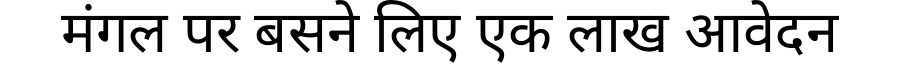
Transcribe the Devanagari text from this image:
मंगल पर बसने लिए एक लाख आवेदन